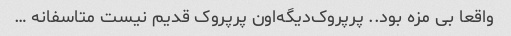
واقعا بی مزه بود.. پرپروک‌دیگه‌اون پرپروک قدیم نیست متاسفانه …